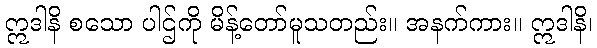
ဣဒါနိ စသော ပါဌ်ကို မိန့်တော်မူသတည်း။ အနက်ကား။ ဣဒါနိ၊